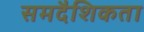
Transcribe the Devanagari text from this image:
समदैशिकता